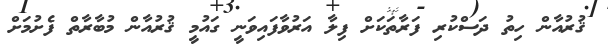
ޤުރުއާން ހިތު ދަސްކުރި ފަރާތަކަށް ފިލާ އަރުވާފައިވަނީ ގައުމީ ޤުރުއާން މުބާރާތް ފެށުމަށް